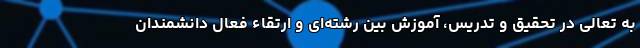
به تعالی در تحقیق و تدریس، آموزش بین رشته‌ای و ارتقاء فعال دانشمندان